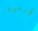
الجبلية